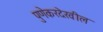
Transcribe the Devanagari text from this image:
पुणेकरदेखील